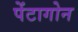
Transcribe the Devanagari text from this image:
पेंटागोन